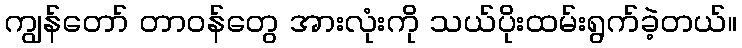
ကျွန်တော် တာဝန်တွေ အားလုံးကို သယ်ပိုးထမ်းရွက်ခဲ့တယ်။